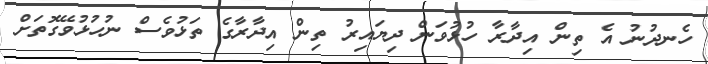
ހެނދުނު އެ ތިން އިދާރާ ހުޅުވަން ދިޔައިރު ތިން އިދާރާގެ ތަޅުވެސް ނުހުޅުވޭގޮތަށް